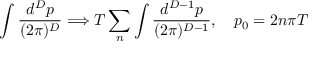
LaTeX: \int \frac { d ^ { D } p } { ( 2 \pi ) ^ { D } } \Longrightarrow T \sum _ { n } \int \frac { d ^ { D - 1 } p } { ( 2 \pi ) ^ { D - 1 } } , \quad p _ { 0 } = 2 n \pi T